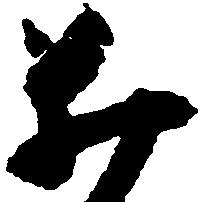
井